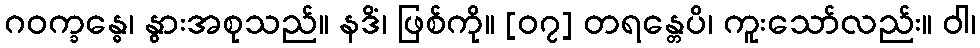
ဂဝက္ခန္ဓေ၊ နွားအစုသည်။ နဒိံ၊ ဖြစ်ကို။ [၀၇] တရန္တေပိ၊ ကူးသော်လည်း။ ဝါ၊